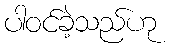
ပါဝင်ခဲ့သည်ဟု